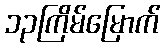
၁၃ကြိမ်မြောက်